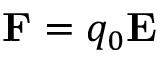
\mathbf { F } = q _ { 0 } \mathbf { E }